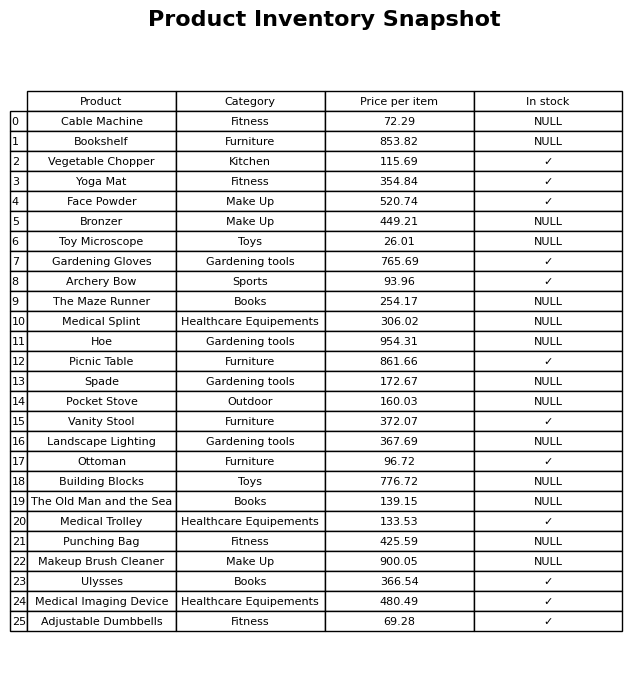
question: What is the price of the Ottoman?
answer: The price of Ottoman is 96.72.